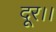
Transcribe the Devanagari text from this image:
दूर।।